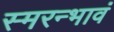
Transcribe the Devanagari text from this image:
स्मरन्भावं